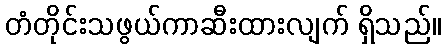
တံတိုင်းသဖွယ်ကာဆီးထားလျက် ရှိသည်။